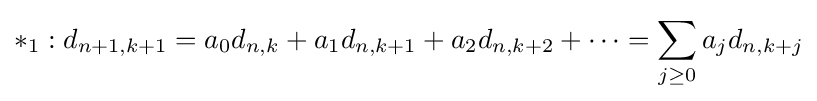
*_{1}:d_{n+1,k+1}=a_{0}d_{n,k}+a_{1}d_{n,k+1}+a_{2}d_{n,k+2}+\cdots =\sum _{j\geq 0}a_{j}d_{n,k+j}